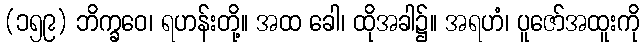
(၁၅၉) ဘိက္ခဝေ၊ ရဟန်းတို့။ အထ ခေါ၊ ထိုအခါ၌။ အရဟံ၊ ပူဇော်အထူးကို